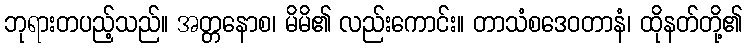
ဘုရားတပည့်သည်။ အတ္တနောစ၊ မိမိ၏ လည်းကောင်း။ တာသံစဒေဝတာနံ၊ ထိုနတ်တို့၏